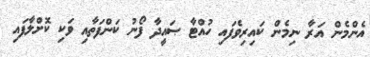
އެންމެން އަރާ ނިމެން ކައިރިވެފައި ހުއްޓާ ޞައީދާ ފޯނު ކަންފަތާއި ވަކި ކޮށްލާފައި